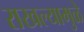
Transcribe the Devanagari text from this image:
राखल्यामुळे